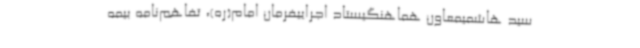
سید هاشمیمعاون هماهنگیستاد اجراییفرمان امام(ره)، تفاهم‌نامه بیمه